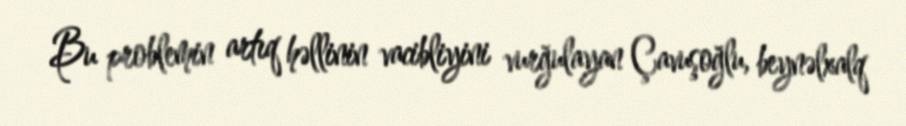
Bu problemin artıq həllinin vacibliyini vurğulayan Çavuşoğlu, beynəlxalq